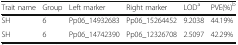
<table><thead><tr><td><b>Trait name</b></td><td><b>Group</b></td><td><b>Left marker</b></td><td><b>Right marker</b></td><td><b>LOD<sup>a</sup></b></td><td><b>PVE(%)<sup>b</sup></b></td></tr></thead><tbody><tr><td>SH</td><td>6</td><td>Pp06_14932683</td><td>Pp06_15264452</td><td>9.2038</td><td>44.19%</td></tr><tr><td>SH</td><td>6</td><td>Pp06_14742390</td><td>Pp06_12326708</td><td>2.5097</td><td>42.29%</td></tr></tbody></table>